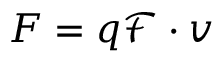
F = q { \mathcal { F } } \cdot v